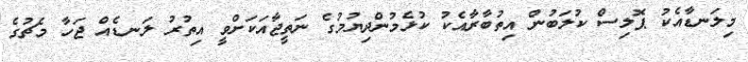
މިލަނޑާއެކު ޕޮލިސް ކުލަބުން އިތުބާރާއެކު ކުޅެމުންދިޔުމުގެ ނަތީޖާއަކަށްވީ އިތުރު ލަނޑެއް ޖަހާ މެޗުގެ